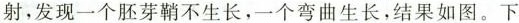
射，发现一个胚芽鞘不生长，一个弯曲生长，结果如图。下